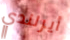
أيرلندي